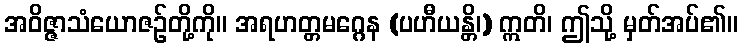
အဝိဇ္ဇာသံယောဇဉ်တို့ကို။ အရဟတ္တမဂ္ဂေန (ပဟီယန္တိ၊) ဣတိ၊ ဤသို့ မှတ်အပ်၏။